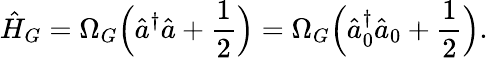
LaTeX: \hat{H}_{G}=\Omega_{G}\Bigl(\hat{a}^{\dagger}\hat{a}+\frac{1}{2}\Bigr)=\Omega_{G}\Bigl(\hat{a}_{0}^{\dagger}\hat{a}_{0}+\frac{1}{2}\Bigr).